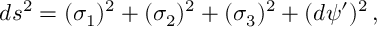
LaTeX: d s ^ { 2 } = ( \sigma _ { 1 } ) ^ { 2 } + ( \sigma _ { 2 } ) ^ { 2 } + ( \sigma _ { 3 } ) ^ { 2 } + ( d \psi ^ { \prime } ) ^ { 2 } \, ,